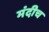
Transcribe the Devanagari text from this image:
मंदीच